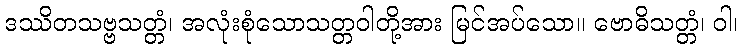
ဒဿိတသဗ္ဗသတ္တံ၊ အလုံးစုံသောသတ္တဝါတို့အား မြင်အပ်သော။ ဗောဓိသတ္တံ၊ ဝါ၊